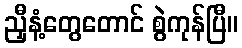
ညှီနံ့တွေတောင် စွဲကုန်ပြီ။